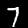
Label: 7